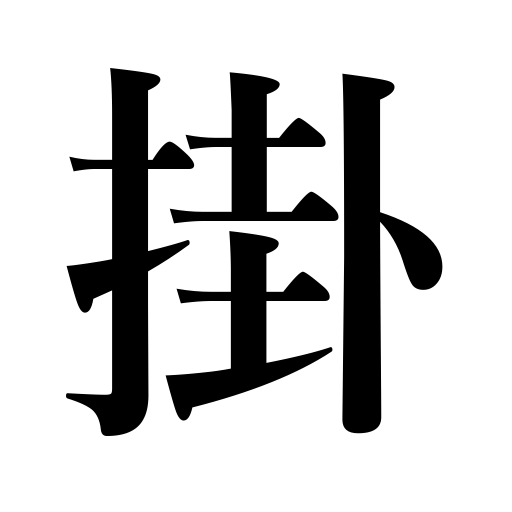
Meanings: outward appearance,scale,ring up,pay in installments,begin,set up a ladder,install,person in charge,be caught,require,wind,be suspended from,construction,sit down,weigh,arrive at,spend on,construct,expenses,is now showing at,levy,oppose,turn on radio,start a machine,offer prizes,play against,hang,tax,weigh a pound,be trapped,multiply,duty,cost,bite of a tool,the instrument or tool works,put on,dependence on someone,beginning,set on fire,hang on,consult,attack,sprinkle,be levied,fall on,pour on,depend on a son,put under treatment,cover,be splashed,be built,anchor,charges